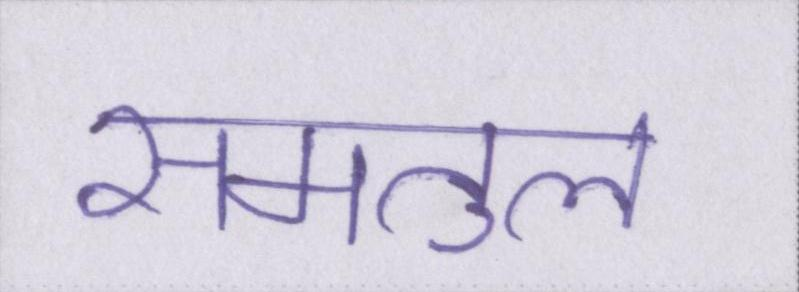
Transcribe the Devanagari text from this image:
समतुल